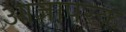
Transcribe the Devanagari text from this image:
आज्ञापरक